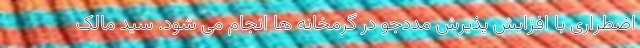
اضطراری با افزایش پذیرش مددجو در گرمخانه ها انجام می شود. سید مالک